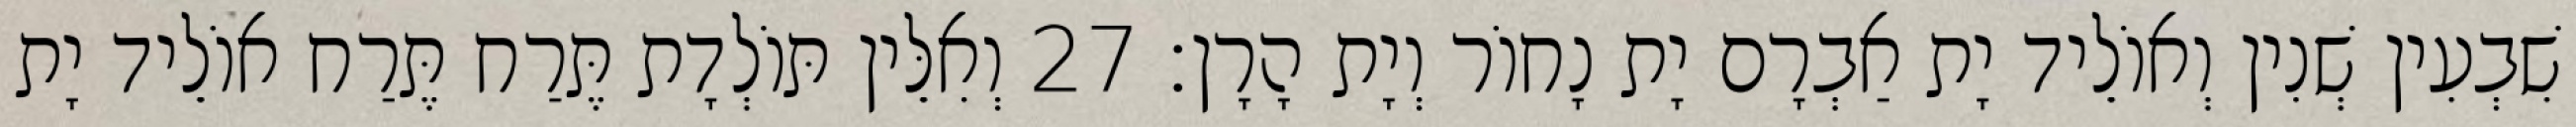
שִׁבְעִין שְׁנִין וְאוֹלֵיד יָת אַבְרָם יָת נָחוֹר וְיָת הָרָן׃ 27 וְאִלֵּין תּוֹלְדָת תֶּרַח תֶּרַח אוֹלֵיד יָת